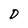
Character: D